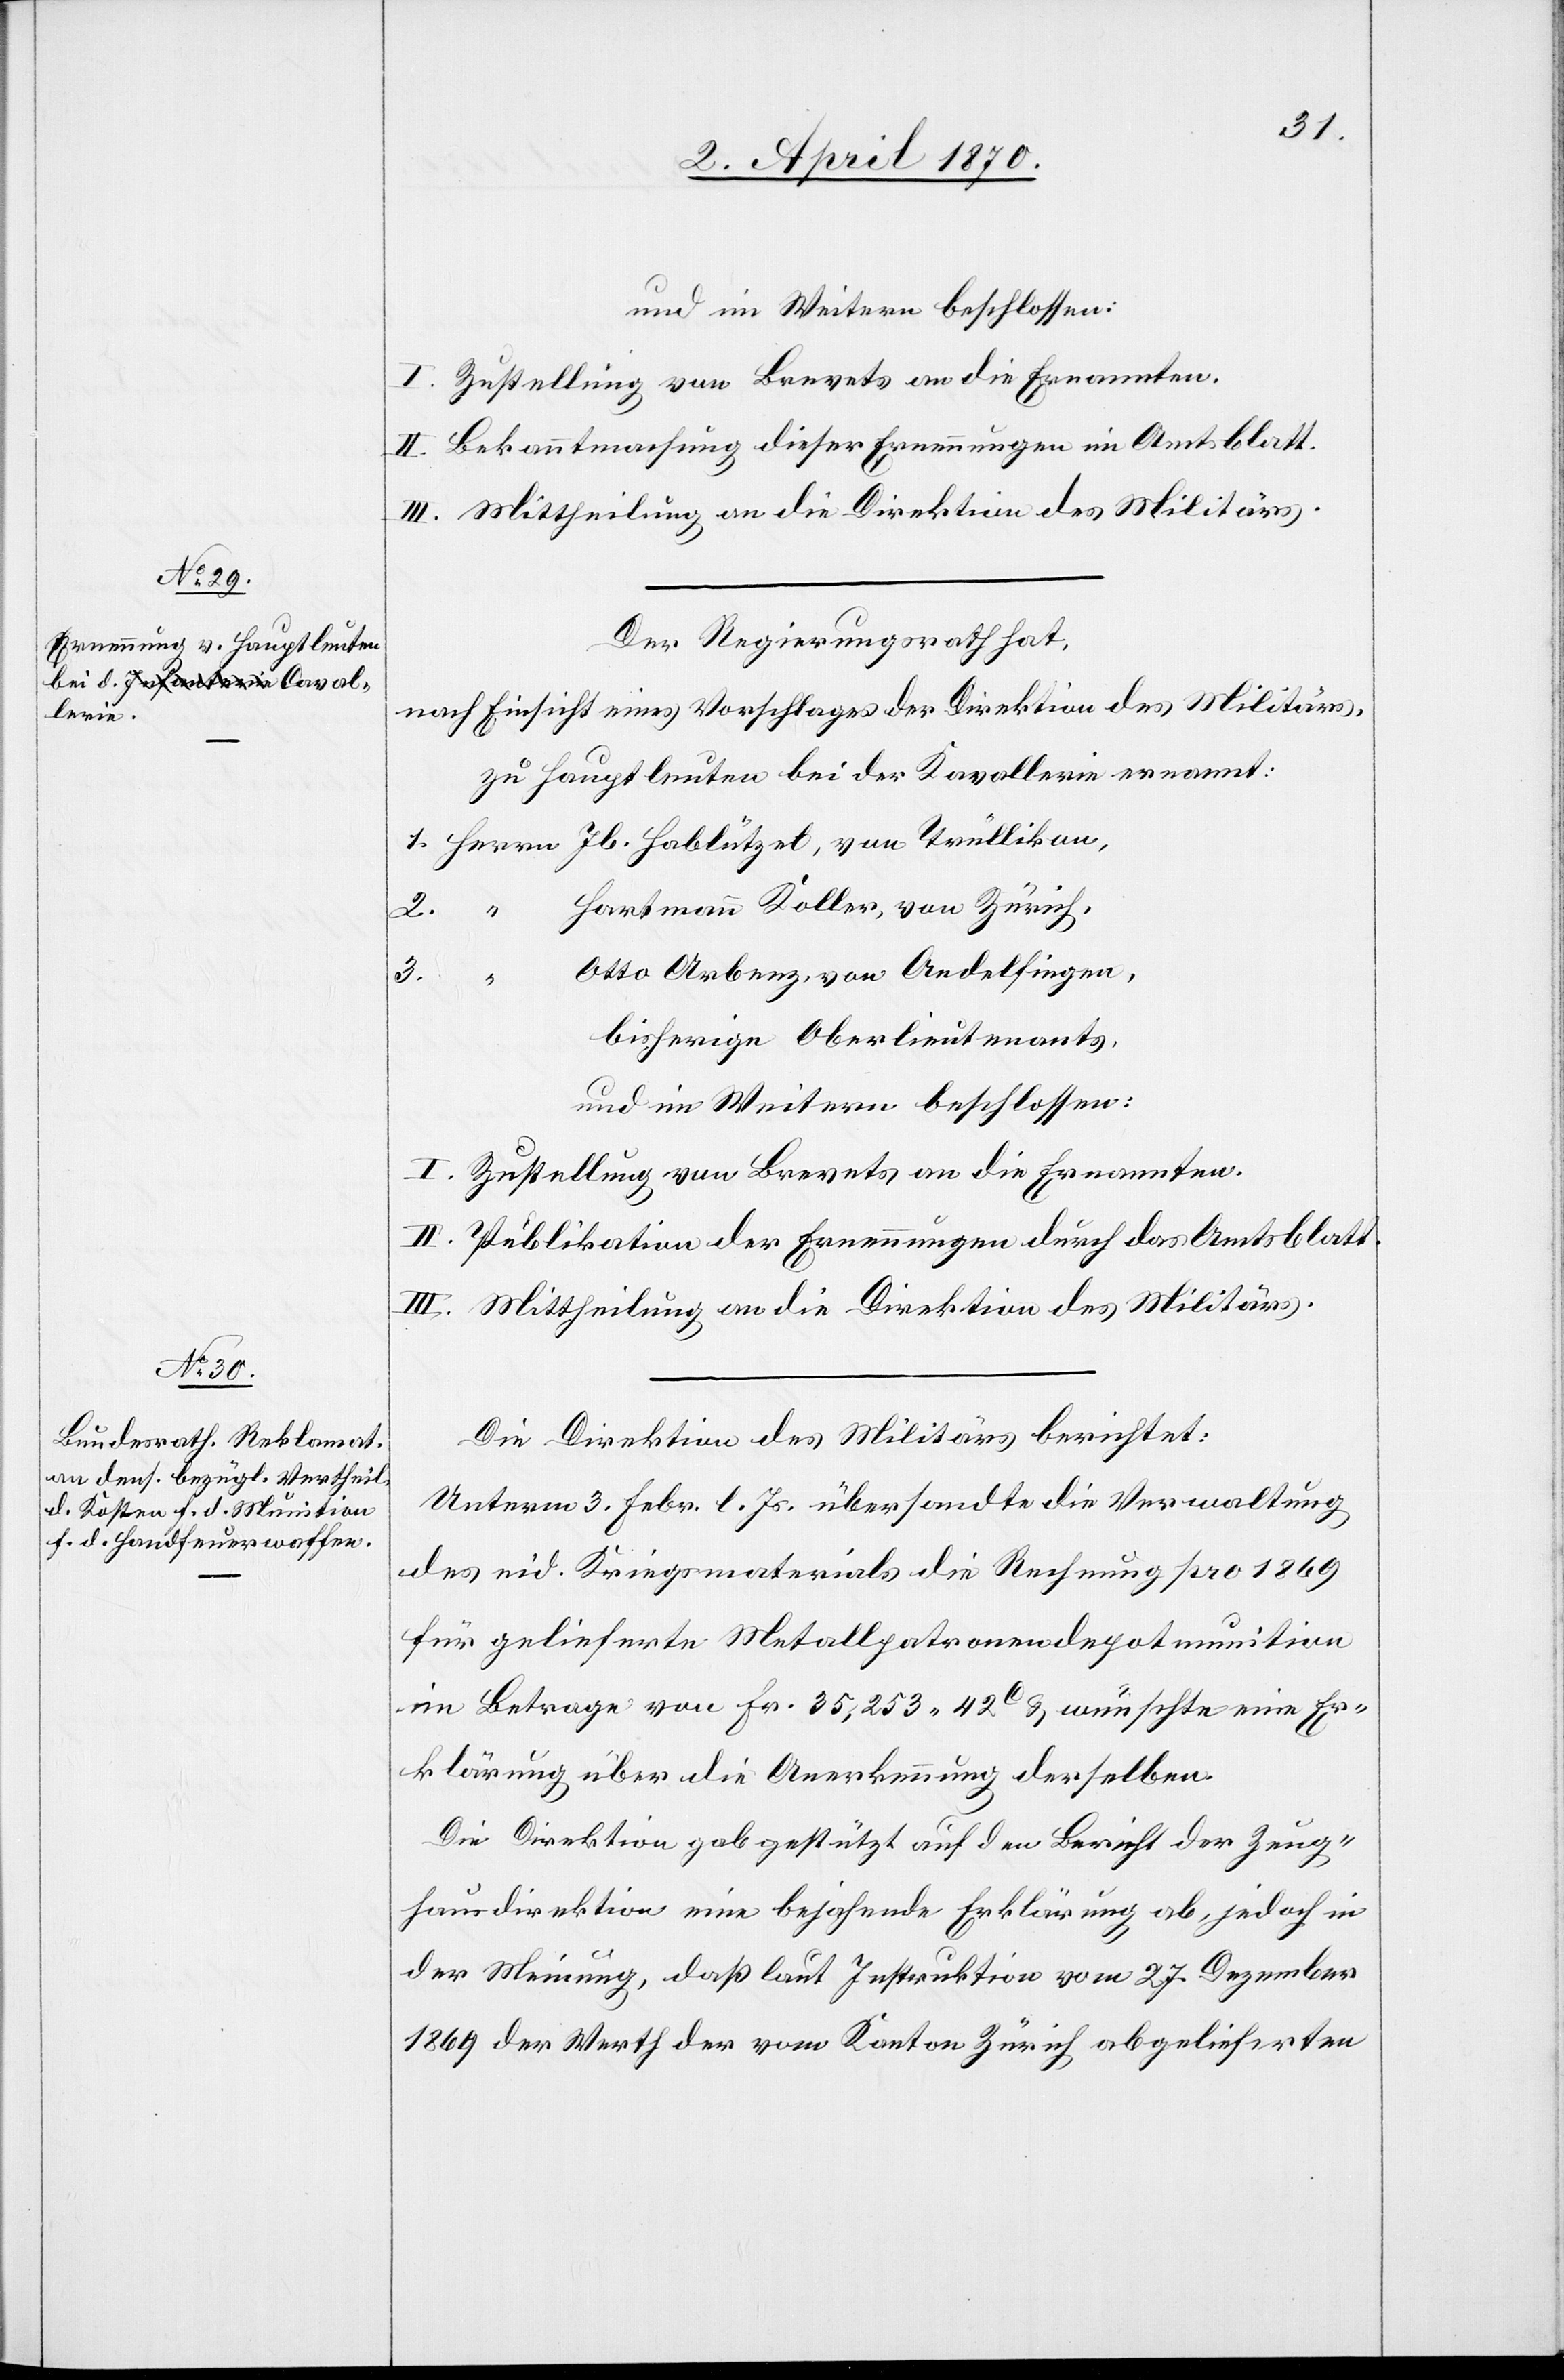
und im Weitern beschlossen:
I. Zustellung von Brevets an die Ernannten.
II. Bekanntmachung dieser Ernennungen im Amtsblatt.
III. Mittheilung an die Direktion des Militärs.
Der Regierungsrath hat,
nach Einsicht eines Vorschlages der Direktion des Militärs,
zu Hauptleuten bei der Kavallerie ernannt:
1. Herrn Jb. Hablützel, von Trüllikon,
2. “ Hartmann Koller, von Zürich,
Otto Arbenz, von Andelfingen,
3. “
bisherige Oberlieutenants,
und im Weitern beschlossen:
I. Zustellung von Brevets an die Ernannten.
II. Publikation der Ernennungen durch das Amtsblatt.
III. Mittheilung an die Direktion des Militärs.
Die Direktion des Militärs berichtet:
Unterm 3. Febr. l. Js. übersandte die Verwaltung
des eid. Kriegsmaterials die Rechnung pro 1869
für gelieferte Metallpatronendepotmunition
im Betrage von Fr. 35,253. 42c & wünschte eine Er¬
klärung über die Anerkennung derselben.
Die Direktion gab gestützt auf den Bericht der Zeug¬
hausdirektion eine bejahende Erklärung ab, jedoch in
der Meinung, daß laut Instruktion vom 27. Dezember
1869 der Werth vom Kanton Zürich abgelieferten